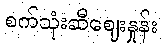
စက်သုံးဆီဈေးနှုန်း